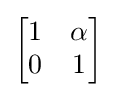
{\begin{bmatrix}1&\alpha \\0&1\end{bmatrix}}